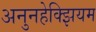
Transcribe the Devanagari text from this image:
अनुनहेक्झियम